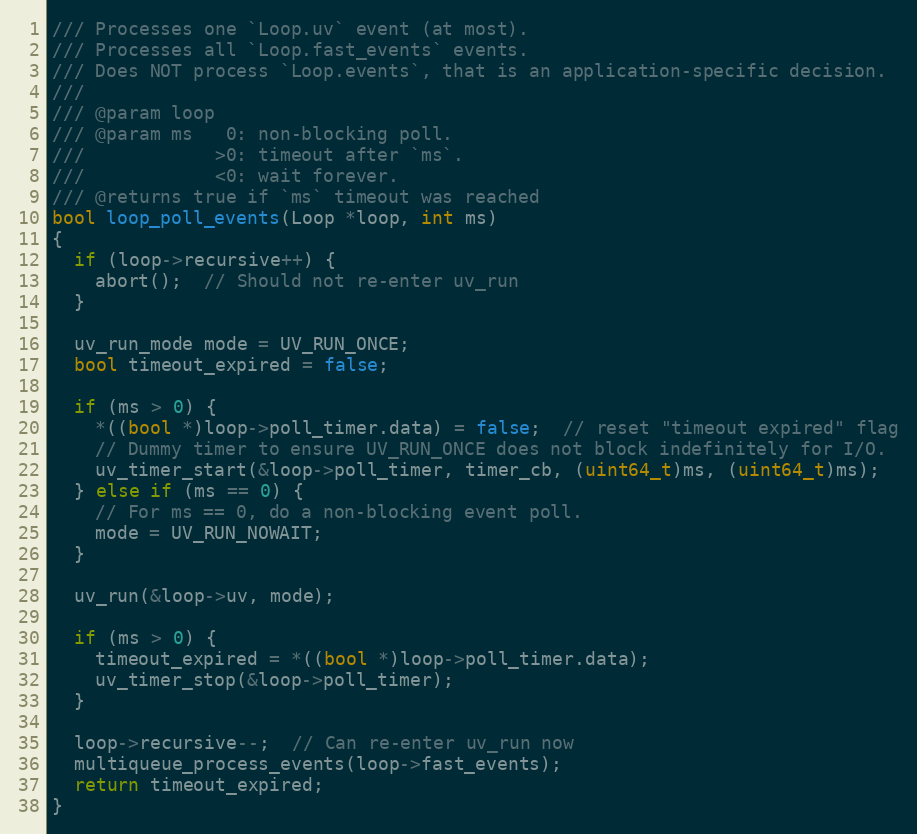
Language: C
/// Processes one `Loop.uv` event (at most).
/// Processes all `Loop.fast_events` events.
/// Does NOT process `Loop.events`, that is an application-specific decision.
///
/// @param loop
/// @param ms   0: non-blocking poll.
///            >0: timeout after `ms`.
///            <0: wait forever.
/// @returns true if `ms` timeout was reached
bool loop_poll_events(Loop *loop, int ms)
{
  if (loop->recursive++) {
    abort();  // Should not re-enter uv_run
  }

  uv_run_mode mode = UV_RUN_ONCE;
  bool timeout_expired = false;

  if (ms > 0) {
    *((bool *)loop->poll_timer.data) = false;  // reset "timeout expired" flag
    // Dummy timer to ensure UV_RUN_ONCE does not block indefinitely for I/O.
    uv_timer_start(&loop->poll_timer, timer_cb, (uint64_t)ms, (uint64_t)ms);
  } else if (ms == 0) {
    // For ms == 0, do a non-blocking event poll.
    mode = UV_RUN_NOWAIT;
  }

  uv_run(&loop->uv, mode);

  if (ms > 0) {
    timeout_expired = *((bool *)loop->poll_timer.data);
    uv_timer_stop(&loop->poll_timer);
  }

  loop->recursive--;  // Can re-enter uv_run now
  multiqueue_process_events(loop->fast_events);
  return timeout_expired;
}